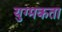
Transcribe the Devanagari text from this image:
युग्मकता